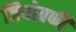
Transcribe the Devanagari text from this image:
जियोग्रफी